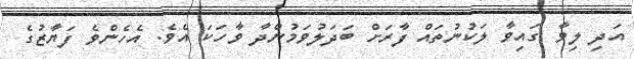
އަދި ލިވާ ގައިވާ ލަކުނުތައް ފާރަށް ބަދަލުވަމުންދާ ވާހަކަ އެވެ. އެހެންވެ ފަޔާޒުގެ